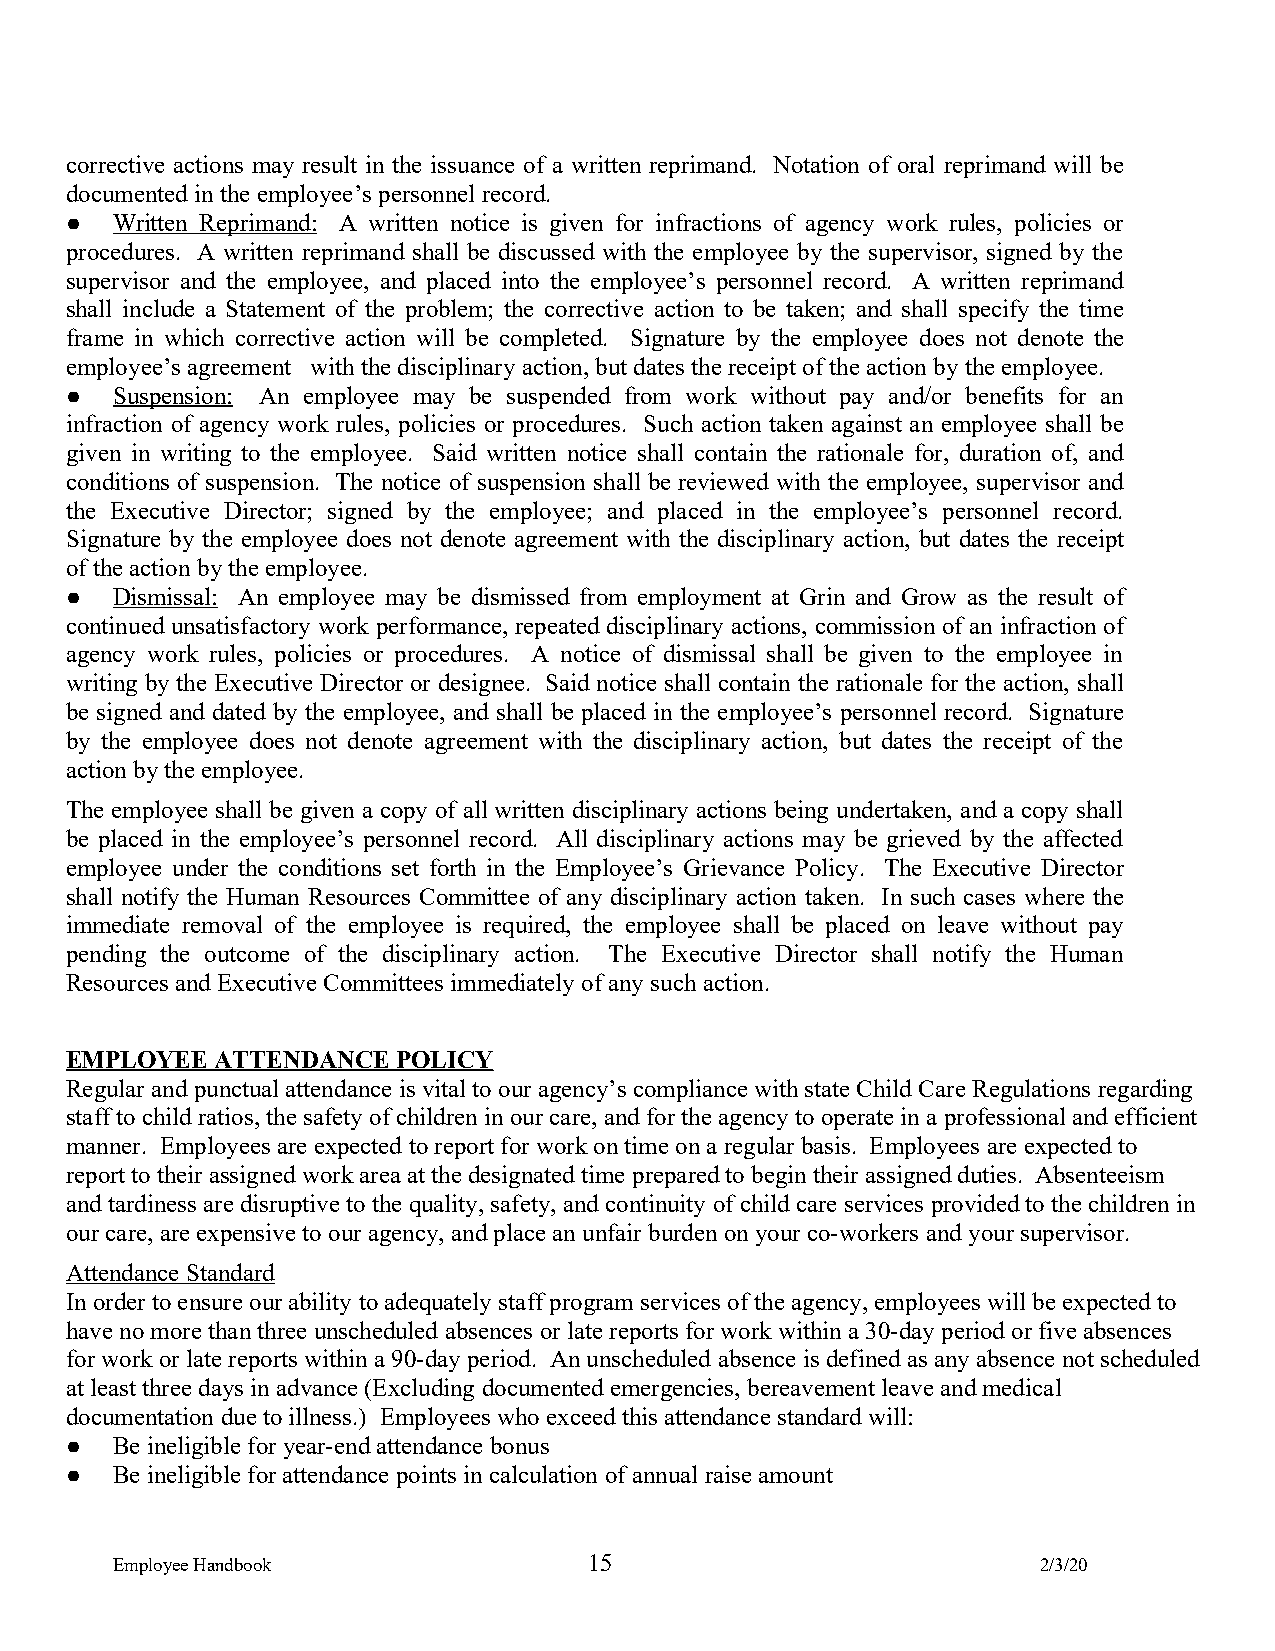
corrective actions may result in the issuance of a written reprimand. Notation of oral reprimand will be
 documented in the employee’s personnel record.
 ●  Written Reprimand: A written notice is given for infractions of agency work rules, policies or
 procedures. A written reprimand shall be discussed with the employee by the supervisor, signed by the
 supervisor and the employee, and placed into the employee’s personnel record. A written reprimand
 shall include a Statement of the problem; the corrective action to be taken; and shall specify the time
 frame in which corrective action will be completed. Signature by the employee does not denote the
 employee’s agreement with the disciplinary action, but dates the receipt of the action by the employee.
 ●  Suspension: An employee may be suspended from work without pay and/or benefits for an
 infraction of agency work rules, policies or procedures. Such action taken against an employee shall be
 given in writing to the employee. Said written notice shall contain the rationale for, duration of, and
 conditions of suspension. The notice of suspension shall be reviewed with the employee, supervisor and
 the Executive Director; signed by the employee; and placed in the employee’s personnel record.
 Signature by the employee does not denote agreement with the disciplinary action, but dates the receipt
 of the action by the employee.
 ●  Dismissal: An employee may be dismissed from employment at Grin and Grow as the result of
 continued unsatisfactory work performance, repeated disciplinary actions, commission of an infraction of
 agency work rules, policies or procedures. A notice of dismissal shall be given to the employee in
 writing by the Executive Director or designee. Said notice shall contain the rationale for the action, shall
 be signed and dated by the employee, and shall be placed in the employee’s personnel record. Signature
 by the employee does not denote agreement with the disciplinary action, but dates the receipt of the
 action by the employee.
 The employee shall be given a copy of all written disciplinary actions being undertaken, and a copy shall
 be placed in the employee’s personnel record. All disciplinary actions may be grieved by the affected
 employee under the conditions set forth in the Employee’s Grievance Policy. The Executive Director
 shall notify the Human Resources Committee of any disciplinary action taken. In such cases where the
 immediate removal of the employee is required, the employee shall be placed on leave without pay
 pending the outcome of the disciplinary action. The Executive Director shall notify the Human
 Resources and Executive Committees immediately of any such action.
 EMPLOYEE  ATTENDANCE  POLICY
 Regular and punctual attendance is vital to our agency’s compliance with state Child Care Regulations regarding
 staff to child ratios, the safety of children in our care, and for the agency to operate in a professional and efficient
 manner. Employees are expected to report for work on time on a regular basis. Employees are expected to
 report to their assigned work area at the designated time prepared to begin their assigned duties. Absenteeism
 and tardiness are disruptive to the quality, safety, and continuity of child care services provided to the children in
 our care, are expensive to our agency, and place an unfair burden on your co-workers and your supervisor.
 Attendance Standard
 In order to ensure our ability to adequately staff program services of the agency, employees will be expected to
 have no more than three unscheduled absences or late reports for work within a 30-day period or five absences
 for work or late reports within a 90-day period. An unscheduled absence is defined as any absence not scheduled
 at least three days in advance (Excluding documented emergencies, bereavement leave and medical
 documentation due to illness.) Employees who exceed this attendance standard will:
 ●  Be ineligible for year-end attendance bonus
 ●  Be ineligible for attendance points in calculation of annual raise amount
 Employee Handbook               15                            2/3/20